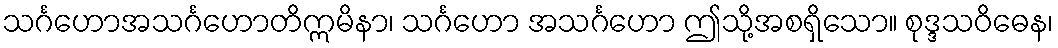
သင်္ဂဟောအသင်္ဂဟောတိဣမိနာ၊ သင်္ဂဟော အသင်္ဂဟော ဤသို့အစရှိသော။ စုဒ္ဒသဝိဓေန၊